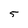
Character: 5